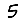
Digit: 5